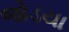
જોડયા